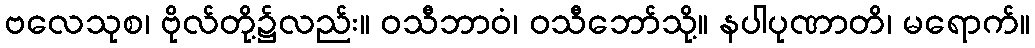
ဗလေသုစ၊ ဗိုလ်တို့၌လည်း။ ဝသီဘာဝံ၊ ဝသီဘော်သို့။ နပါပုဏာတိ၊ မရောက်။